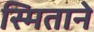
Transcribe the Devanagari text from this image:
स्मिताने